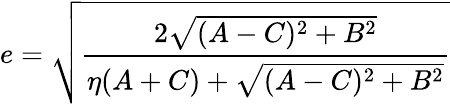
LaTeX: e={\sqrt{\frac{2{\sqrt{(A-C)^{2}+B^{2}}}}{\eta(A+C)+{\sqrt{(A-C)^{2}+B^{2}}}}}}